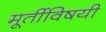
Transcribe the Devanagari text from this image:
मूर्तीविषयी